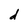
Character: d